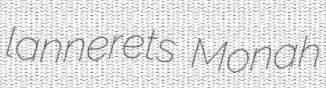
lannerets Monah